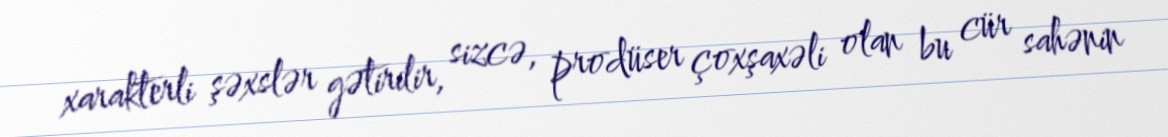
xarakterli şəxslər gətirilir, sizcə, prodüser çoxşaxəli olan bu cür sahənin